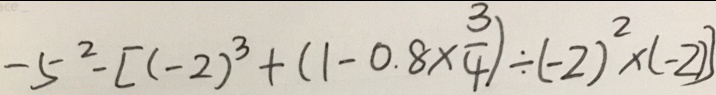
- 5 ^ { 2 } - [ ( - 2 ) ^ { 3 } + ( 1 - 0 . 8 \times \frac { 3 } { 4 } ) \div ( - 2 ) ^ { 2 } \times ( - 2 ) ]